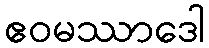
ဧဝမဿာဒေါ